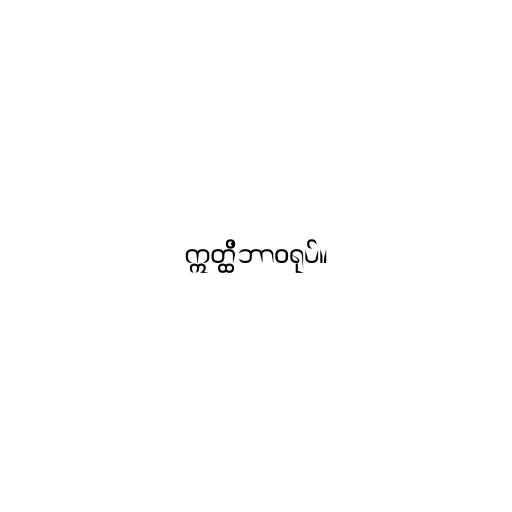
ဣတ္ထိဘာဝရုပ်။